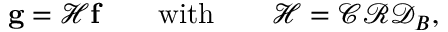
\begin{array} { r } { \mathbf { g } = \mathcal { H } \mathbf { f } \quad \quad \mathrm { w i t h } \quad \quad \mathcal { H } = \mathcal { C } \mathcal { R } \mathcal { D } _ { B } , } \end{array}